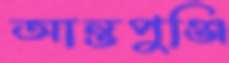
আন্তপুঞ্জি